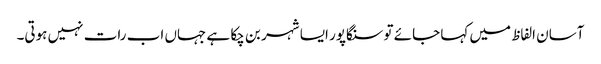
آسان الفاظ میں کہا جائے تو سنگاپور ایسا شہر بن چکا ہے جہاں اب رات نہیں ہوتی۔